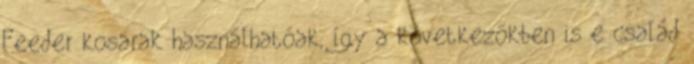
Feeder kosarak használhatóak, így a következőkben is e család